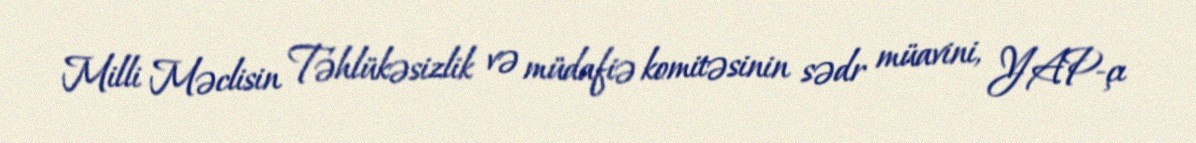
Milli Məclisin Təhlükəsizlik və müdafiə komitəsinin sədr müavini, YAP-çı